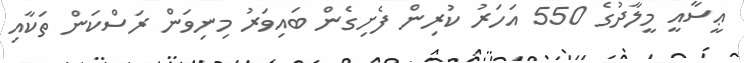
ޢީސާއީ މީލާދުގެ 550 އަހަރު ކުރިން ފެށިގެން ބައިވަރު މިނިވަން ރަސްކަން ތަކާއި